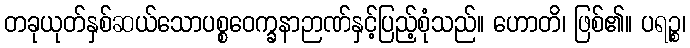
တခုယုတ်နှစ်ဆယ်သောပစ္စဝေက္ခနာဉာဏ်နှင့်ပြည့်စုံသည်။ ဟောတိ၊ ဖြစ်၏။ ပရဉ္စ၊